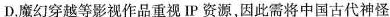
D魔幻穿越等影视作品重视P资源因此需将中国古代神怪